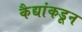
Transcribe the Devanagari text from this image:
कैद्यांकडून